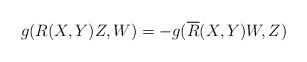
LaTeX: \begin{align*}g(R(X,Y)Z,W)=-g(\overline{R}(X,Y)W,Z)\end{align*}